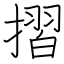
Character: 摺